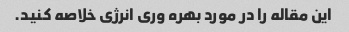
این مقاله را در مورد بهره وری انرژی خلاصه کنید.